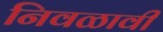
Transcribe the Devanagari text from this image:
निवळावी